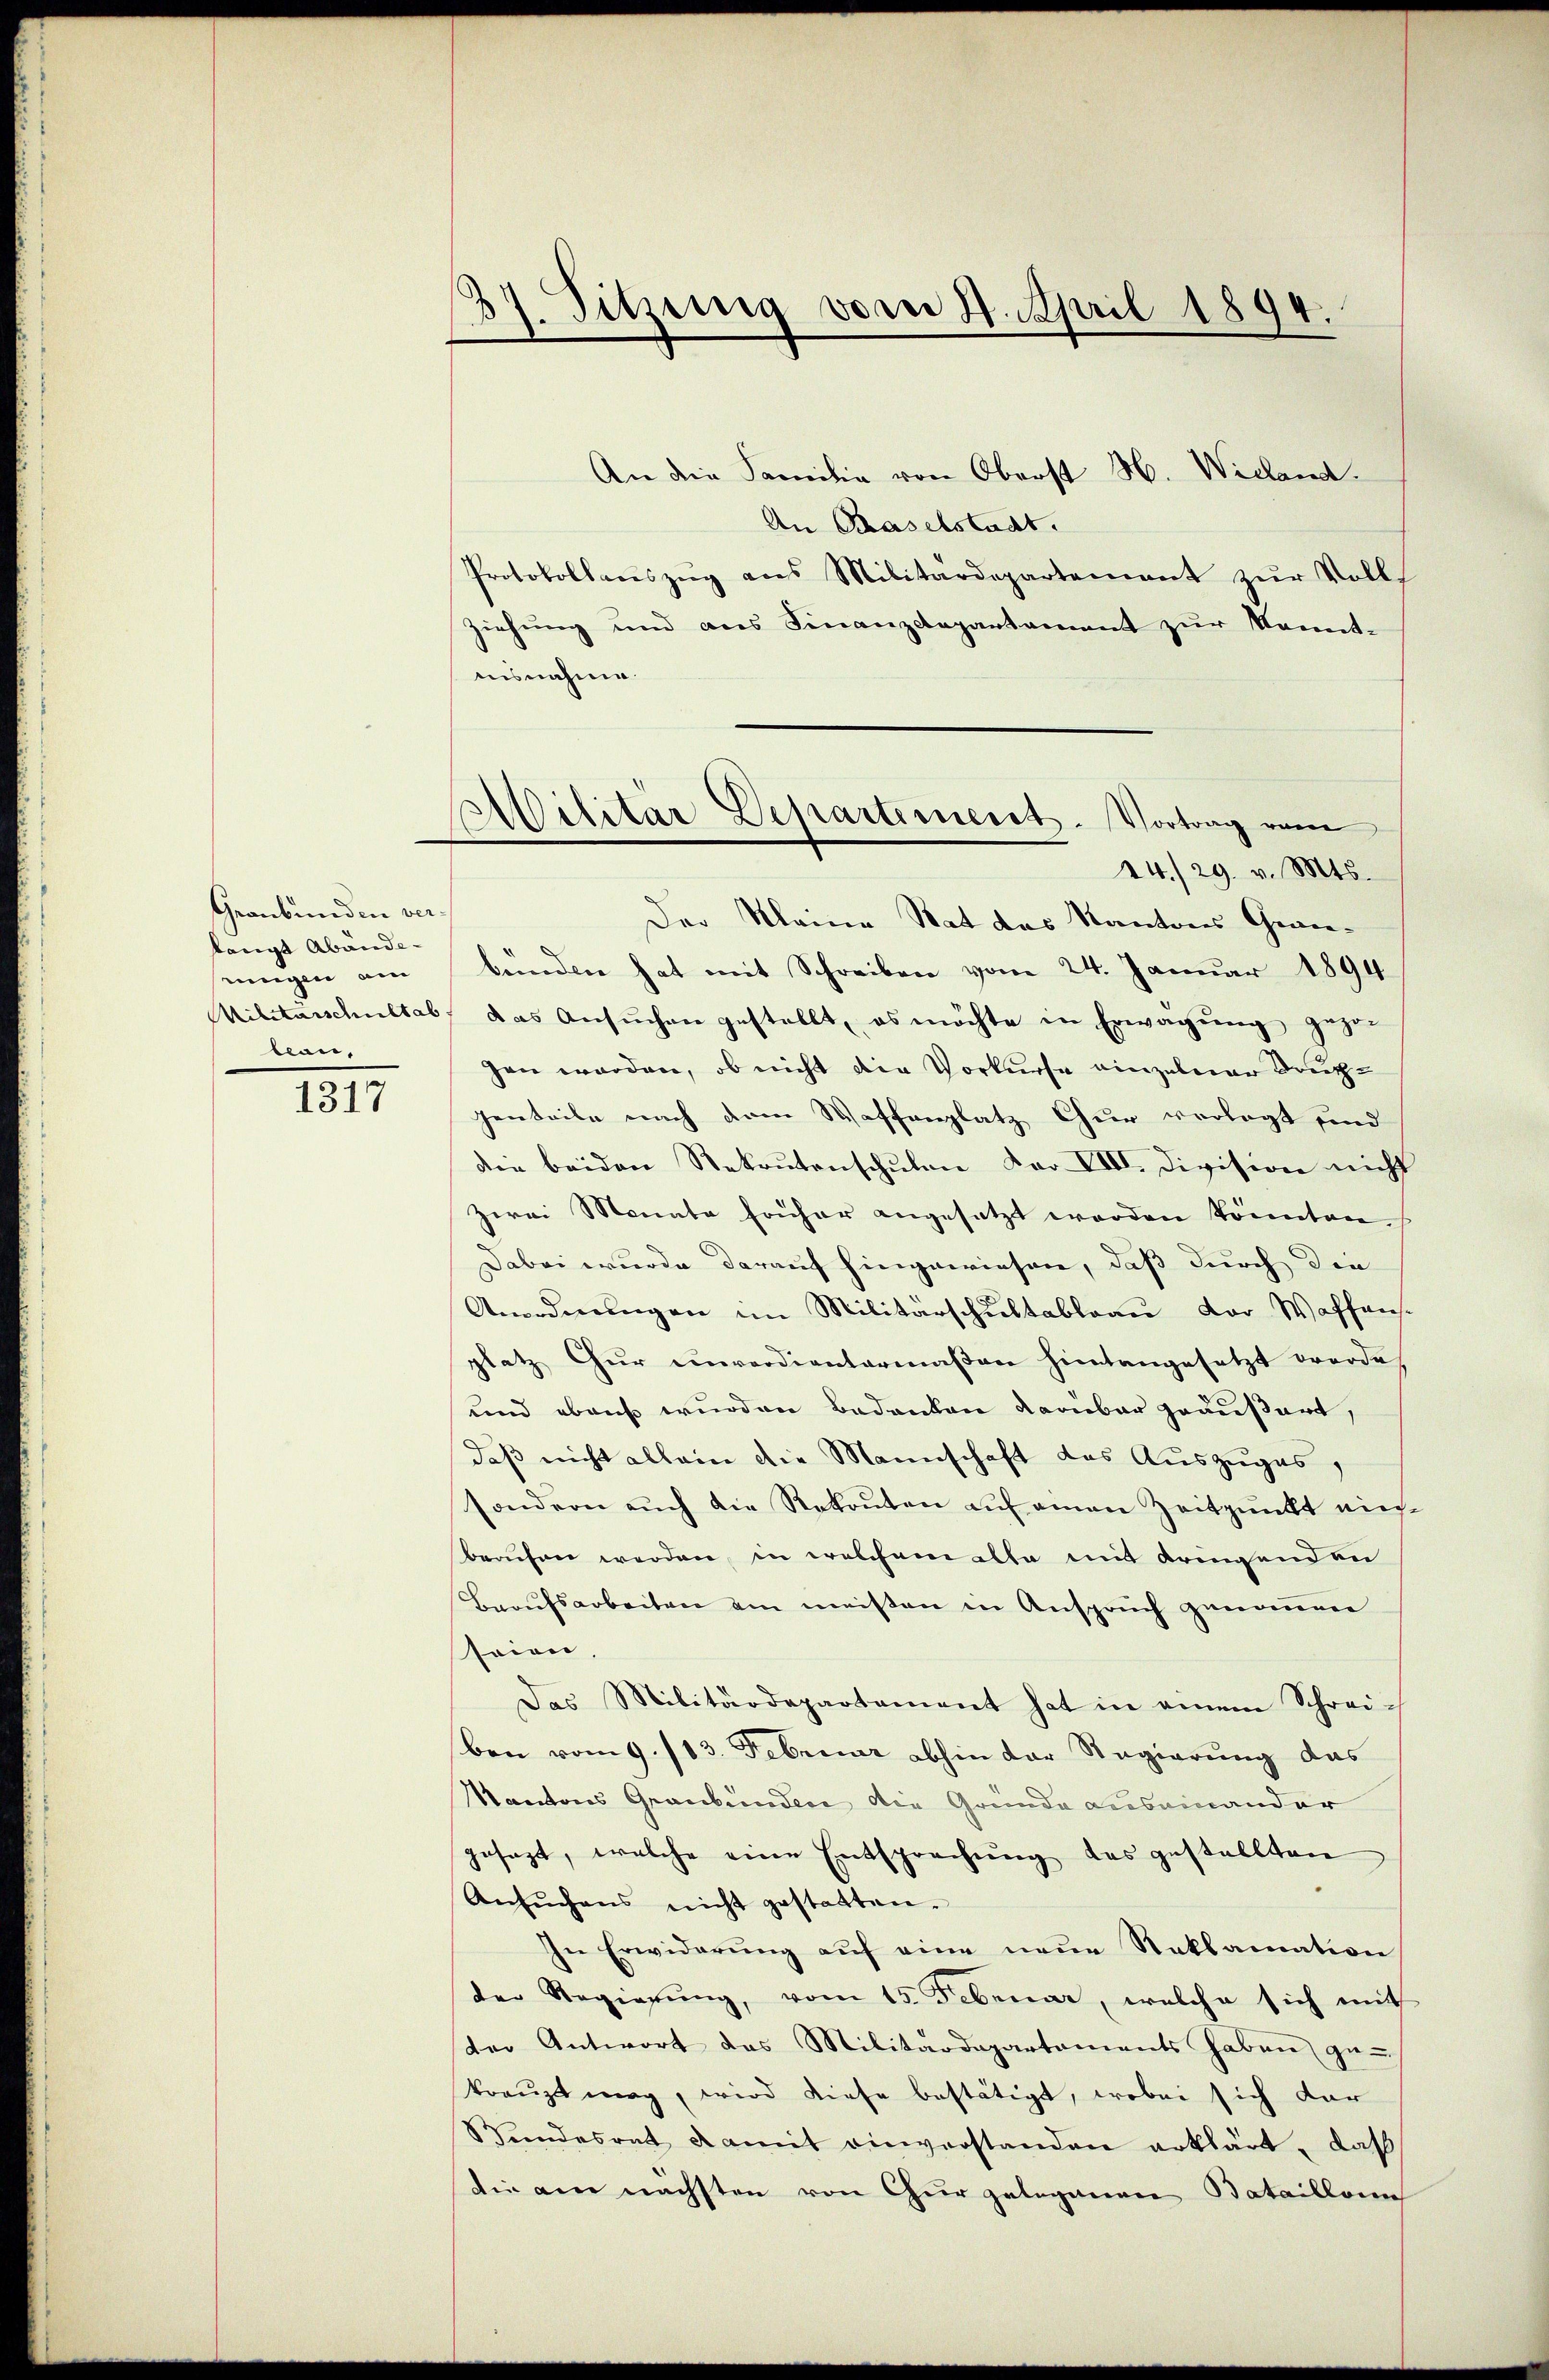
Graubünden ver-
langt Abändeeinigen am
bau,

1317

27. Sitzung vom 24. April 1894.

An die Familie von Oberst H. Wieland.
An Baselstadt.
Protokollauszug aus Militärdepartement zŭr Voll
ziehung und aus Finanzdepartament zur Kenntiisnahme.
Der Meine Rat das Kantons Gewiebunden hat mit Schreiben vom 24. Januar 1894
Militärschultab, das Ansuchen gestellt, es möchte in Erwägung gegen
gen worden, ob nicht die Vorkurse einzelner Dreizjenteile nach dem Waffenplatz Chur verlegt sind
der beiden Rekrutenschŭlen dar. VIII. Division nicht
zwei Monate früher angesetzt worden könnten.
Dabei wurde darauf hingewiesen, daß durch die
Anordnungen im Militärschultableau der Waffens.
platz Gŭr unverdientermaßen hintangesetzt werde.
und ebens wurden Bedanken darüber geäußert,
daß nicht allein die Mannschaft das Auszuges,
sondern auch die Rekonten auf einen Zeitpunkt nieberufen werden, in welchem alle mit dringenden
Beaufsarbeiten am meisten in Anspruch genomen
seien,
Das Militärdepartement hat in einem Schreiben vom 9. 113. Februar abhin der Regierung das
Kantons Graubünden die Gründe auseinander
gesezt, welche eine Entsprechung des gestellten
Ansŭchens nicht gestatten.
In Erwiderŭng aŭf eine neŭe Reklamation
der Regierŭng, vom 15. Februar, welche sich mit
der Antwort das Militärdepartaments haben ge-
kreuzt mag, wird diese bestätigt, wobei sich dar
Wandesrat damit einverstanden erklärt, daß
die am nächsten von Chur gelegenen Bataillons

.
Pilitär Departement. Vortrag vom
14./29. v. Mts.